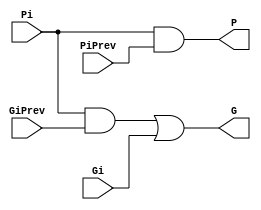
// This program was cloned from: https://github.com/mongrelgem/Verilog-Adders
// License: Apache License 2.0

/* (c) Krishna Subramanian <https://github.com/mongrelgem>
 * For Issues & Bugs, report to <https://github.com/mongrelgem/Verilog-Adders/issues>
*/

module BigCircle(output G, P, input Gi, Pi, GiPrev, PiPrev);
  
  wire e;
  and #(1) (e, Pi, GiPrev);
  or #(1) (G, e, Gi);
  and #(1) (P, Pi, PiPrev);
  
endmodule

module SmallCircle(output Ci, input Gi);
  
  buf #(1) (Ci, Gi);
  
endmodule

module Square(output G, P, input Ai, Bi);
  
  and #(1) (G, Ai, Bi);
  xor #(2) (P, Ai, Bi);
  
endmodule

module Triangle(output Si, input Pi, CiPrev);
  
  xor #(2) (Si, Pi, CiPrev);
  
endmodule

module KSA8(output [7:0] sum, output cout, input [7:0] a, b);
  
  wire cin = 1'b0;
  wire [7:0] c;
  wire [7:0] g, p;
  Square sq[7:0](g, p, a, b);

  // first line of circles
  wire [7:1] g2, p2;
  SmallCircle sc0_0(c[0], g[0]);
  BigCircle bc0[7:1](g2[7:1], p2[7:1], g[7:1], p[7:1], g[6:0], p[6:0]);
  
  // second line of circle
  wire [7:3] g3, p3;
  SmallCircle sc1[2:1](c[2:1], g2[2:1]);
  BigCircle bc1[7:3](g3[7:3], p3[7:3], g2[7:3], p2[7:3], g2[5:1], p2[5:1]);
    
  // third line of circle
  wire [7:7] g4, p4;
  SmallCircle sc2[6:3](c[6:3], g3[6:3]);
  BigCircle bc2_7(g4[7], p4[7], g3[7], p3[7], g3[3], p3[3]);

  // fourth line of circle
  SmallCircle sc3_7(c[7], g4[7]);

  // last line - triangles
  Triangle tr0(sum[0], p[0], cin);
  Triangle tr[7:1](sum[7:1], p[7:1], c[6:0]);
  
  // generate cout
  buf #(1) (cout, c[7]);
  
endmodule

module KSA16(output [15:0] sum, output cout, input [15:0] a, b);
  
  wire cin = 1'b0;
  wire [15:0] c;
  wire [15:0] g, p;
  Square sq[15:0](g, p, a, b);

  // first line of circles
  wire [15:1] g2, p2;
  SmallCircle sc0_0(c[0], g[0]);
  BigCircle bc0[15:1](g2[15:1], p2[15:1], g[15:1], p[15:1], g[14:0], p[14:0]);
  
  // second line of circle
  wire [15:3] g3, p3;
  SmallCircle sc1[2:1](c[2:1], g2[2:1]);
  BigCircle bc1[15:3](g3[15:3], p3[15:3], g2[15:3], p2[15:3], g2[13:1], p2[13:1]);
  
  // third line of circle
  wire [15:7] g4, p4;
  SmallCircle sc2[6:3](c[6:3], g3[6:3]);
  BigCircle bc2[15:7](g4[15:7], p4[15:7], g3[15:7], p3[15:7], g3[11:3], p3[11:3]);

  // fourth line of circle
  wire [15:15] g5, p5;
  SmallCircle sc3[14:7](c[14:7], g4[14:7]);
  BigCircle bc3_15(g5[15], p5[15], g4[15], p4[15], g4[7], p4[7]);  
  
  // fifth line of circle
  SmallCircle sc4_15(c[15], g5[15]);
  
  // last line - triangles
  Triangle tr0(sum[0], p[0], cin);
  Triangle tr[15:1](sum[15:1], p[15:1], c[14:0]);

  // generate cout
  buf #(1) (cout, c[15]);

endmodule

module KSA32(output [31:0] sum, output cout, input [31:0] a, b);
  
  wire cin = 1'b0;
  wire [31:0] c;
  wire [31:0] g, p;
  Square sq[31:0](g, p, a, b);

  // first line of circles
  wire [31:1] g2, p2;
  SmallCircle sc0_0(c[0], g[0]);
  BigCircle bc0[31:1](g2[31:1], p2[31:1], g[31:1], p[31:1], g[30:0], p[30:0]);

  // second line of circles
  wire [31:3] g3, p3;
  SmallCircle sc1[2:1](c[2:1], g2[2:1]);
  BigCircle bc1[31:3](g3[31:3], p3[31:3], g2[31:3], p2[31:3], g2[29:1], p2[29:1]);

  // third line of circles
  wire [31:7] g4, p4;
  SmallCircle sc2[6:3](c[6:3], g3[6:3]);
  BigCircle bc2[31:7](g4[31:7], p4[31:7], g3[31:7], p3[31:7], g3[27:3], p3[27:3]);

  // fourth line of circles
  wire [31:15] g5, p5;
  SmallCircle sc3[14:7](c[14:7], g4[14:7]);
  BigCircle bc3[31:15](g5[31:15], p5[31:15], g4[31:15], p4[31:15], g4[23:7], p4[23:7]);
        
  // fifth line of circles
  wire [31:31] g6, p6;
  SmallCircle sc4[30:15](c[30:15], g5[30:15]);
  BigCircle bc4_31(g6[31], p6[31], g5[31], p5[31], g5[15], p5[15]);
  
  // sixth line of circles
  SmallCircle sc5_31(c[31], g6[31]);
  
  // last line - triangless
  Triangle tr0(sum[0], p[0], cin);
  Triangle tr[31:1](sum[31:1], p[31:1], c[30:0]);

  // generate cout
  buf #(1) (cout, c[31]);

endmodule

module KSA64(output [63:0] sum, output cout, input [63:0] a, b);
  
  wire cin = 1'b0;
  wire [63:0] c;
  wire [63:0] g, p;
  Square sq[63:0](g, p, a, b);

  // first line of circles
  wire [63:1] g2, p2;
  SmallCircle sc0_0(c[0], g[0]);
  BigCircle bc0[63:1](g2[63:1], p2[63:1], g[63:1], p[63:1], g[62:0], p[62:0]);

  // second line of circles
  wire [63:3] g3, p3;
  SmallCircle sc1[2:1](c[2:1], g2[2:1]);
  BigCircle bc1[63:3](g3[63:3], p3[63:3], g2[63:3], p2[63:3], g2[61:1], p2[61:1]);
    
  // third line of circles
  wire [63:7] g4, p4;
  SmallCircle sc2[6:3](c[6:3], g3[6:3]);
  BigCircle bc2[63:7](g4[63:7], p4[63:7], g3[63:7], p3[63:7], g3[59:3], p3[59:3]);
  
  // fourth line of circles
  wire [63:15] g5, p5;
  SmallCircle sc3[14:7](c[14:7], g4[14:7]);
  BigCircle bc3[63:15](g5[63:15], p5[63:15], g4[63:15], p4[63:15], g4[55:7], p4[55:7]);
        
  // fifth line of circles
  wire [63:31] g6, p6;
  SmallCircle sc4[30:15](c[30:15], g5[30:15]);
  BigCircle bc4[63:31](g6[63:31], p6[63:31], g5[63:31], p5[63:31], g5[47:15], p5[47:15]);
  
  // sixth line of circles
  wire [63:63] g7, p7;
  SmallCircle sc5[62:31](c[62:31], g6[62:31]);  
  BigCircle bc4_63(g7[63], p7[63], g6[63], p6[63], g6[31], p6[31]);

  // seventh line of circles
  SmallCircle sc6(c[63], g7[63]);  

  // last line - triangles
  Triangle tr0(sum[0], p[0], cin);
  Triangle tr[63:1](sum[63:1], p[63:1], c[62:0]);

  // generate cout
  buf #(1) (cout, c[63]);

endmodule